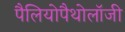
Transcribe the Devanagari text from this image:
पैलियोपैथोलॉजी